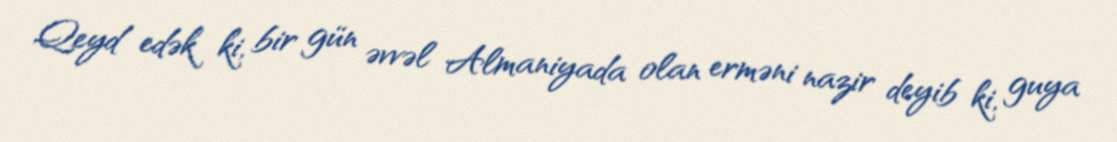
Qeyd edək ki, bir gün əvvəl Almaniyada olan erməni nazir deyib ki, guya